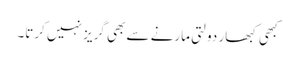
کبھی کبھار دولتی مارنے سے بھی گریز نہیں کرتا۔